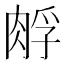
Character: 𰮪